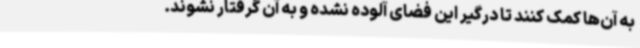
به آن‌ها کمک کنند تا درگیر این فضای آلوده نشده و به آن گرفتار نشوند.